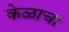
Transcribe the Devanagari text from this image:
केळाचा